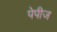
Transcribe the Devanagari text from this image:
पेपीज